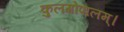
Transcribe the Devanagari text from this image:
कुलगोपालम्‌।